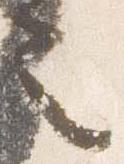
也